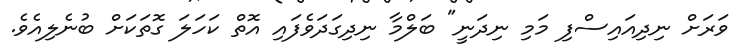
ވަރަށް ނިދިއައިސްފި މަމި ނިދަނީ" ބަލްމާ ނިދިގަދަވެފައި އޮތް ކަހަލަ ގޮތަކަށް ބުނެލިއެވެ.